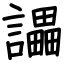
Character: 讄